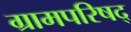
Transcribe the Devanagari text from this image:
ग्रामपरिषद्